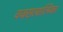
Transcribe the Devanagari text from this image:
वज्रसत्वात्मिका